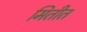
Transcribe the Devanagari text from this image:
मितीत